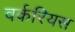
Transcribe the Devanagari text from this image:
वर्करियस